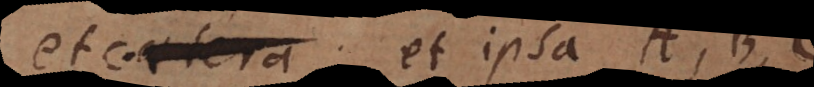
etc.; et ipsa A, B, C